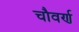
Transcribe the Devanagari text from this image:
चौवर्ण